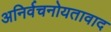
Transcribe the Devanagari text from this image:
अनिर्वचनोयतावाद